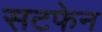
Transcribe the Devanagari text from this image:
सटफेन